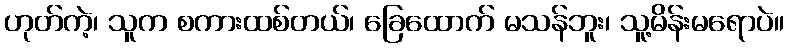
ဟုတ်ကဲ့၊ သူက စကားထစ်တယ်၊ ခြေထောက် မသန်ဘူး၊ သူ့မိန်းမရောပဲ။